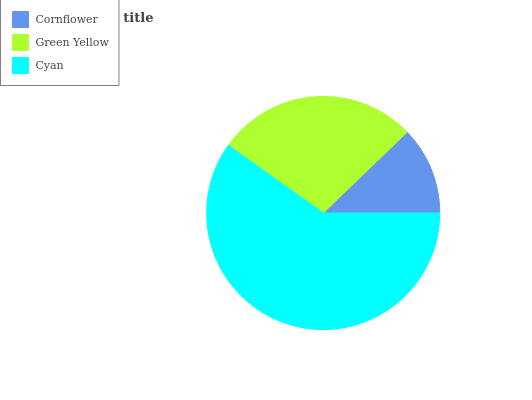
| Cornflower | Green Yellow | Cyan |
 | --- | --- | --- |
 | 12.2% | 27.9% | 59.9% |